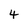
Character: 4